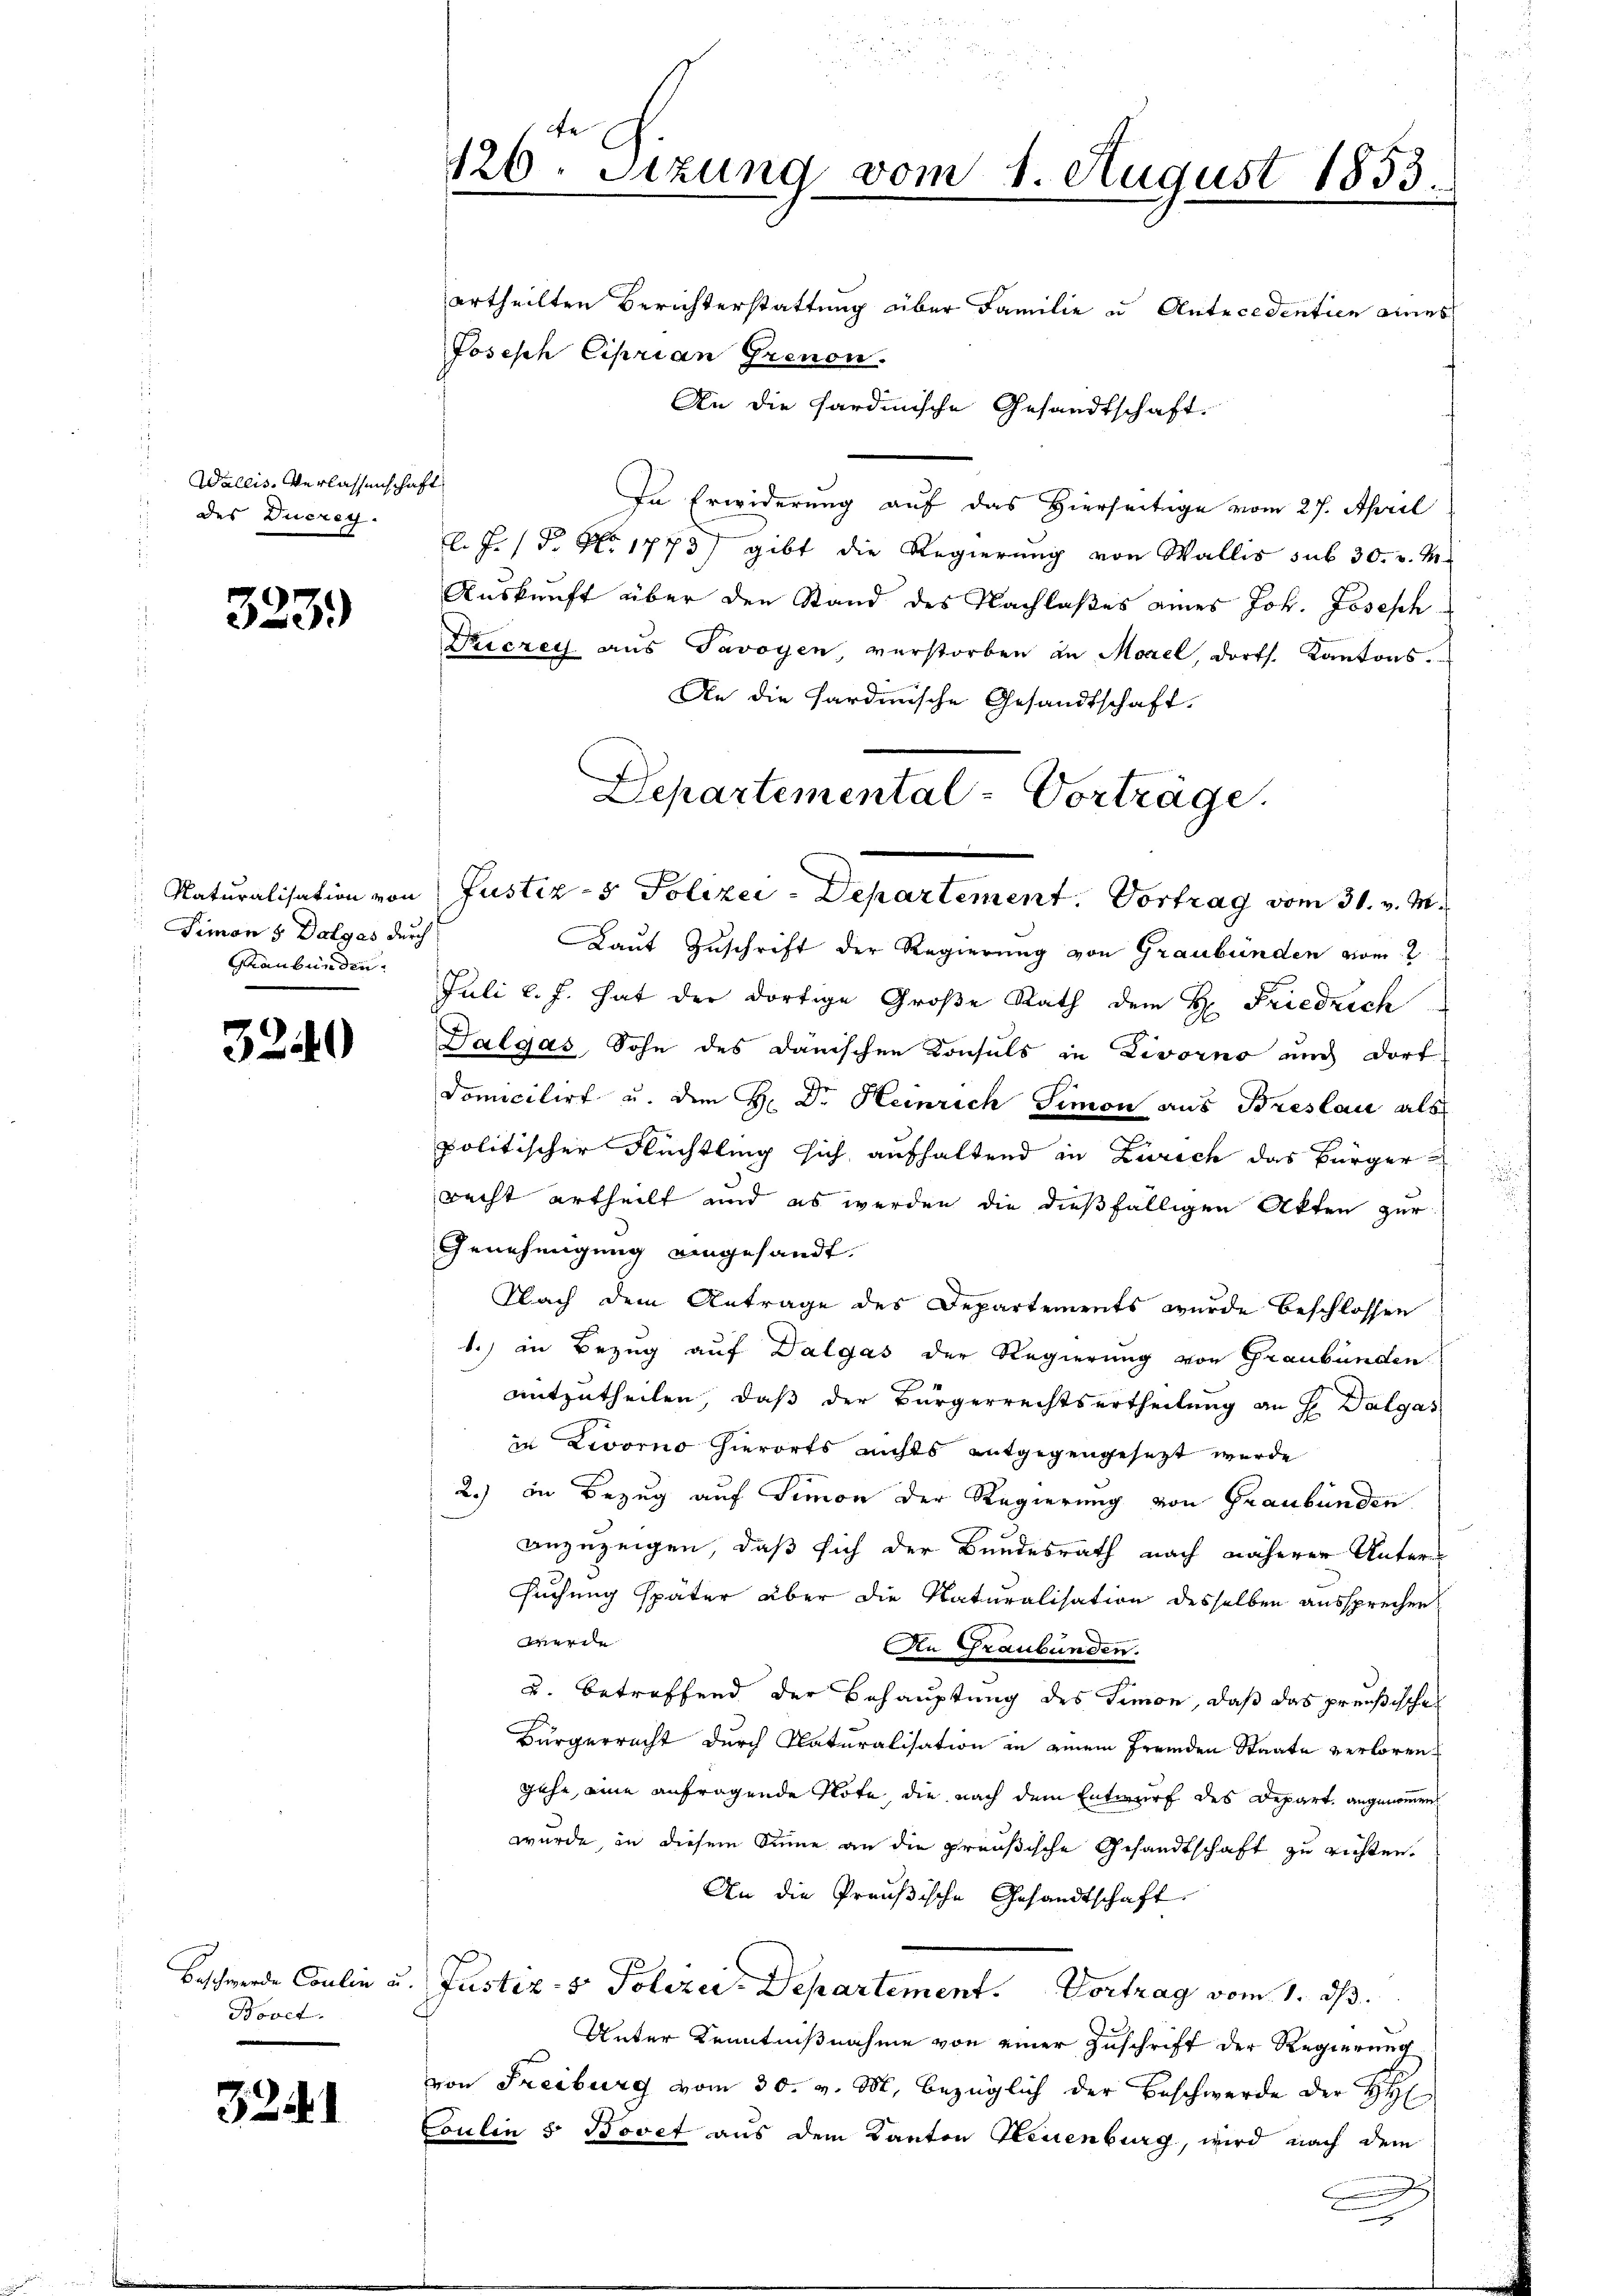
Wallis. Verlassenschaft
des Ducrey.

323.)

Simon & Dalyas durch
Graubünden.

3240

Bovet.

3251

de
126. Setzung vom 1. August 1853.

ertheilten Berichterstattung über Familie u. Antecedentien eines
Joseph Ciprian Grenon.
An die hardinische Gesandtschaft.
In Erwiderung auf das Hierseitige vom 27. April
l. J. (T. No 1773) gibt die Regierung von Wallis sub 30. v. M.
Auskunft über den Stand des Nachlaßes eines Joh. Joseph
Dricrey aus Savoyen, verstorben an Morel, dorts. Kantons.
An die Hardinische Gesandtschaft.
Laut Zuschrift der Regierung von Graubünden vom 2
Juli l. J. hat der dortige Große Rath dem H: Friedrich
Dalgas, Sohn des danischen Konsuls in Livorno und dort
domicilirt u. dem H. Dr. Heinrich Simon aus Breslau als
politischer Flüchtling sich aufhaltend in Zürich das Bürgerrecht ertheilt und es werden die dießfälligen Akten zur
Genehmigung eingesandt.
Nach dem Antrage des Departements wurde beschlossen
1.) in Bezug auf Dalgas der Regierung von Graubünden
mitzutheilen, daß der Bürgerrechtsertheilung an H Dalgas
in Zworno hierorts nichts entgegengesezt wurde
2.) In Bezug auf Simon der Regierung von Graubünden
anzuzeigen, daß sich der Bundesrath nach näherer Untersuchung später über die Naturalisation desselben aussprechen
werde
An Graubünden.
u. betreffend der Behauptung des Simon, daß das preußischen
Bürgerrecht durch Naturalisation in einem Fremden Staate verloren
gehe, eine anfragende Note, die nach dem Entwurf des Depart. angenommen
wurde, in diesem Sinne an die preußische Gesandtschaft zu richten.
An die Preußische Gesandtschaft
Beschwerde Coulin u. Justiz- & Polizei Departement. Vortrag vom 1. ds.
Unter Kenntnißnahme von einer Zuschrift der Regierung
von Freiburg vom 30. v. M. bezüglich der Beschwerde der HH
Coulin 5 Bovet aus dem Kanton Steuenburg, wird nach dem
.

Departemental-Vorträge.
Naturalisation von Justiz- & Polizei-Departement. Vortrag vom 31. v. M.